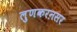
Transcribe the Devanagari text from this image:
लुणकरऩसर